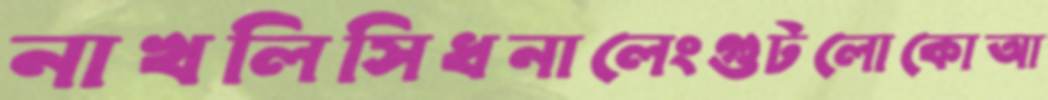
নাখলিসিধনালেংগুটলোকোআ